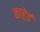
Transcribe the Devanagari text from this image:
काहेई